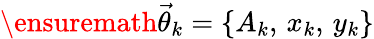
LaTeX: \ensuremath{\vec{\theta}}_{k}=\{ A_{k},\, x_{k},\, y_{k}\}